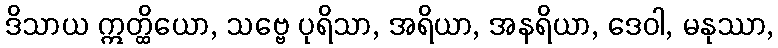
ဒိသာယ ဣတ္ထိယော, သဗ္ဗေ ပုရိသာ, အရိယာ, အနရိယာ, ဒေဝါ, မနုဿာ,